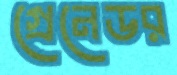
গ্রেনেডর